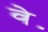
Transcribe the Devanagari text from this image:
वे॰